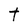
Character: t